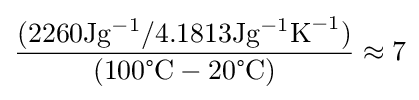
{\frac {(2260{\text{J}}{\text{g}}^{-1}/4.1813{\text{J}}{\text{g}}^{-1}{\text{K}}^{-1})}{(100{\text{°C}}-20{\text{°C}})}}\approx 7